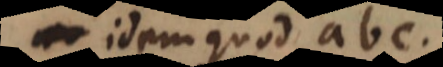
idem quod abc